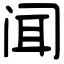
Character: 闻